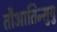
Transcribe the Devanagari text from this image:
तौआतिन्सुयु